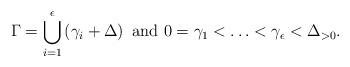
LaTeX: \begin{align*}\Gamma=\bigcup_{i=1}^{\epsilon}\left(\gamma_i+\Delta\right)\mbox{ and }0=\gamma_1<\ldots<\gamma_\epsilon<\Delta_{>0}.\end{align*}